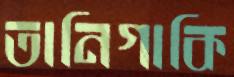
তানিগাকি